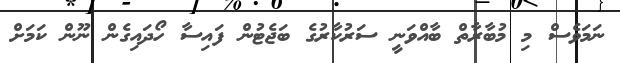
ނަމަވެސް މި މުބާރާތް ބާއްވަނީ ސަރުކާރުގެ ބަޖެޓުން ފައިސާ ހޯދައިގެން ނޫން ކަމަށް